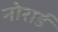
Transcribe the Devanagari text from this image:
नोरार्ड